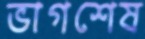
ভাগশেষ